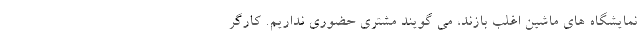
نمایشگاه های ماشین اغلب بازند، می گویند مشتری حضوری نداریم. کارگر